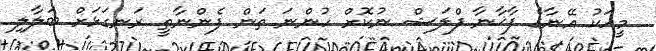
މީހަކު އޭނާގެ ފާޚާނާ ފްލަޝް ނުކޮށް ހުންނަ ތަން ފެންނާތީ ރަނގަޅަށް ބަލާލި